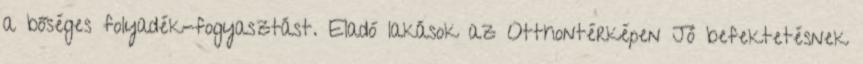
a bőséges folyadék-fogyasztást. Eladó lakások az Otthontérképen Jó befektetésnek